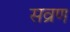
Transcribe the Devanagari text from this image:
सव्रण